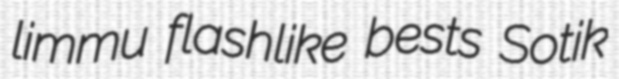
limmu flashlike bests Sotik